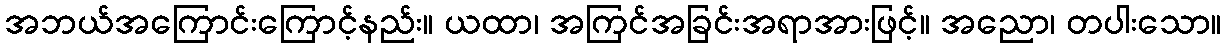
အဘယ်အကြောင်းကြောင့်နည်း။ ယထာ၊ အကြင်အခြင်းအရာအားဖြင့်။ အညော၊ တပါးသော။